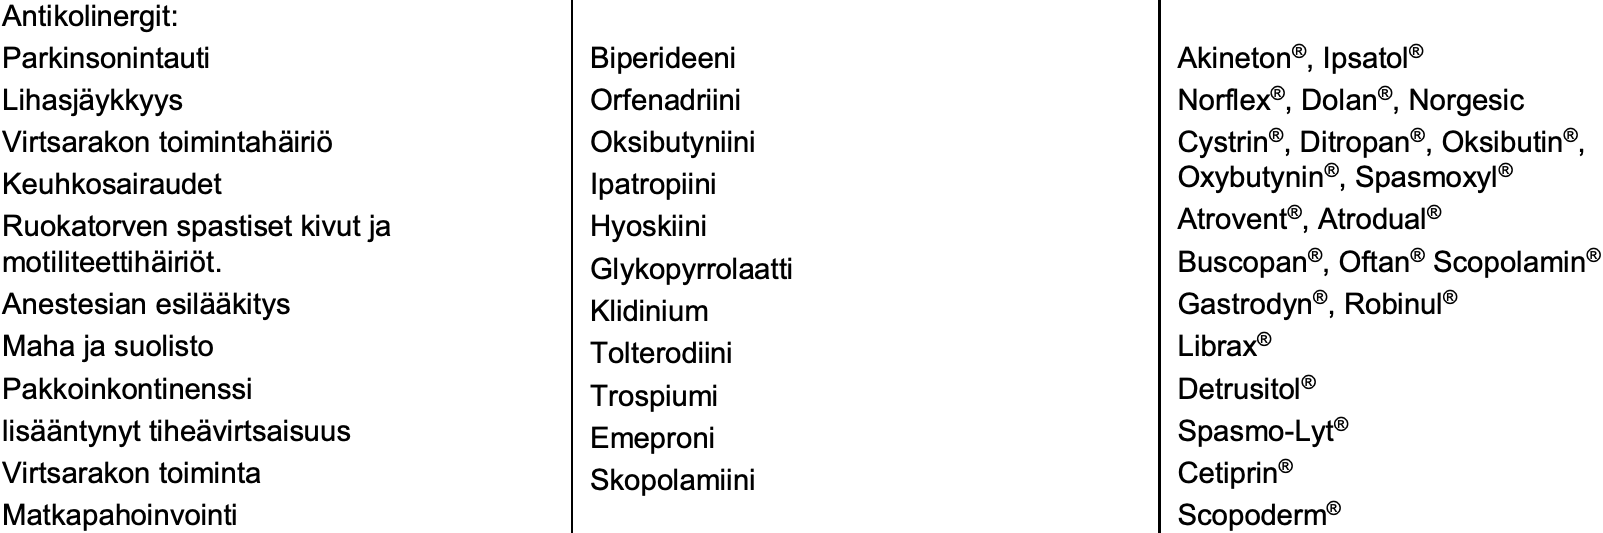
Antikolinergit: Parkinsonintauti    Biperideeni        Akineton®, Ipsatol® Lihasjäykkyys       Orfenadriini       Norflex®, Dolan®, Norgesic Virtsarakon toimintahäiriö Oksibutyniini Cystrin®, Ditropan®, Oksibutin®, Keuhkosairaudet     Ipatropiini        Oxybutynin®, Spasmoxyl® Ruokatorven spastiset kivut ja Hyoskiini Atrovent®, Atrodual® motiliteettihäiriöt. Glykopyrrolaatti  Buscopan®, Oftan®Scopolamin® Anestesian esilääkitys Klidinium       Gastrodyn®, Robinul® Maha ja suolisto    Tolterodiini       Librax® Pakkoinkontinenssi  Trospiumi          Detrusitol® lisääntynyt tiheävirtsaisuus Emeproni  Spasmo-Lyt® Virtsarakon toiminta Skopolamiini      Cetiprin® Matkapahoinvointi                      Scopoderm®